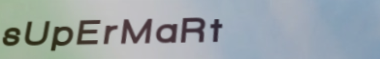
sUpErMaRt